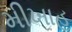
મીખાહ